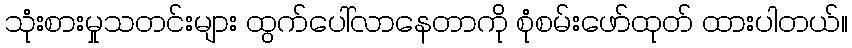
သုံးစားမှုသတင်းများ ထွက်ပေါ်လာနေတာကို စုံစမ်းဖော်ထုတ် ထားပါတယ်။